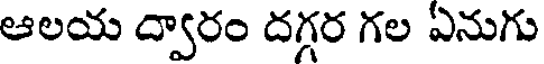
ఆలయ ద్వారం దగ్గర గల ఏనుగు